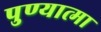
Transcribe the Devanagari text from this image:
पुण्‍यात्‍मा